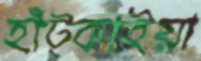
হাঁট্‌কাইয়া